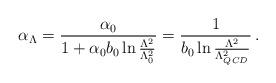
LaTeX: \begin{align*}\alpha_\Lambda = {\alpha_0 \over 1 + \alpha_0 b_0 \ln{{\Lambda^2\over\Lambda^2_0}}} = {1\over b_0 \ln{{\Lambda^2\over\Lambda_{QCD}^2}}}\,.\end{align*}